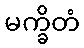
မက္ခိတံ